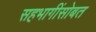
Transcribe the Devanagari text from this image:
सहभागींसोबत